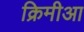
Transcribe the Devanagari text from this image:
क्रिमीआ